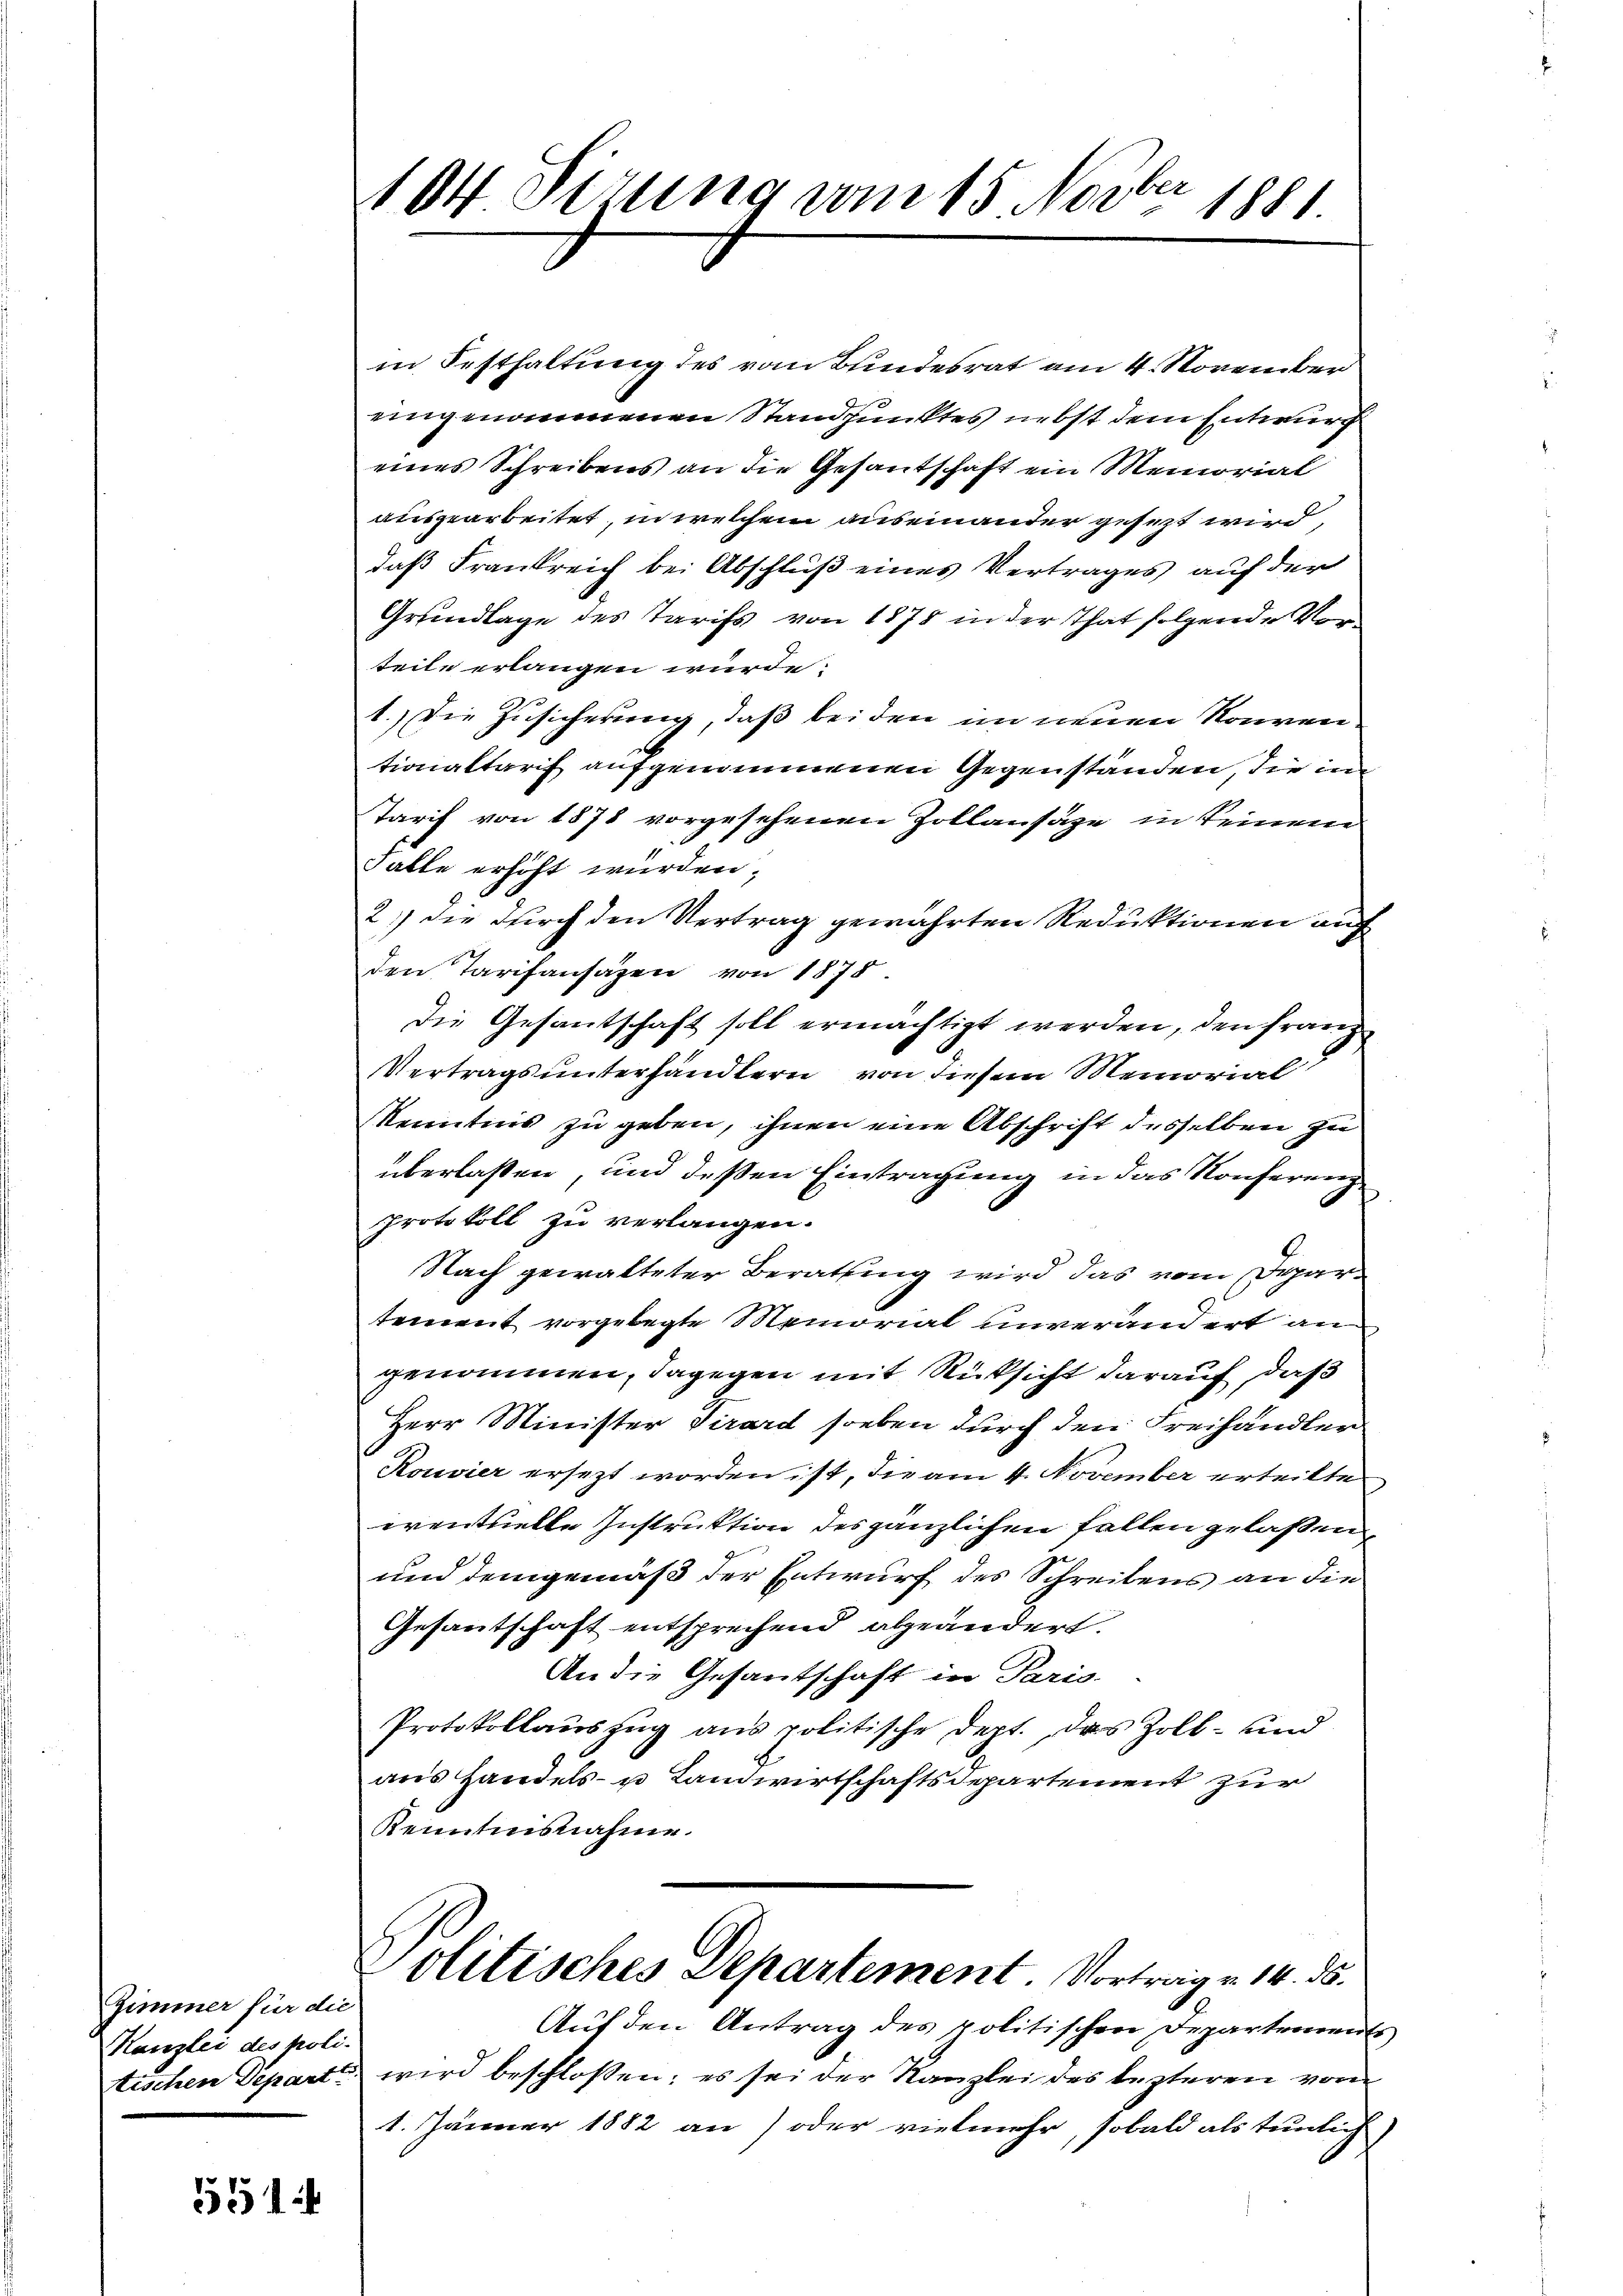
Zimmer für die
Kanzlei des poli-

551

104 Situng vom 15. Novber 1881

in Festhaltung des vom Bundesrat am 4. November
eingenommenen Standpunktes nebst dem Entwurf
eines Schreibens an die Gesantschaft ein Memorial
ausgearbeitet, in welchem auseinander gesezt wird,
daß Frankreich bei Abschluß eines Vertrages auf der
Grundlage des Tarifs von 1878 in der That folgende Vorteile erlangen würde.
1.) Die Zusicherung, daß beiden im neuen Konventionaltarif aufgenommenen Gegenständen, die im
Tarif von 1878 vorgesehenen Zollansäze in keinem
Falle erhöht würden,
2.) die durch den Vertrag gewährten Reduktionen auf
den Tarifansazen von 1875.
die Gesandtschaft soll ermächtigt werden, den Franz
Vertragsunterhändlern von diesem Memorial
Kenntnis zu geben, ihnen eine Abschrift desselben zu
überlaßen, und deßen Eintragung in das Konferenz
Protokoll zu verlangen.
Nach gewalteter Berathung wird das vom Spartement vorgelegte Memorial unverandert an
genommen, dagegen mit Rücksicht darauf, daß
Herr Minister Girard soeben durch den Freihändler
Rouvier ersetzt worden ist, die am 4. November erteilte
eventuelle Instruktion des gänzlichen Fallen gelaßen
und demgemäß der Entwurf des Schreibens an die
Gesantschaft entsprechend abgeändert.
An die Gesantschaft in Paris-
Protokollauszug aus politische Dept., das Zoll- und
aus Handels- u Landwirtschaftsdepartement zur
Renntnisnahme.
Politisches Departement. Vortrage 14. 85.
Auf den Antrag des politischen Departements
tischen Departe wird beschlossen; es sei der Kanzlei des lezteren von
1. Jänner 1882 an) oder vielmehr, sobald als tunlich